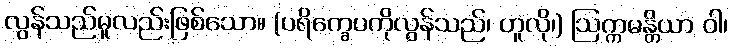
လွန်သည်မူလည်းဖြစ်သော။ (ပရိက္ခေပကိုလွန်သည်၊ ဟူလို၊) ဩက္ကမန္တိယာ ဝါ၊